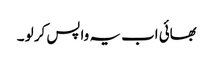
بھائی اب یہ واپس کر لو ۔